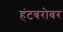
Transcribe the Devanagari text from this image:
हंटबरोबर